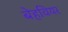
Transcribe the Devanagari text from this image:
बेहवियर